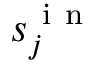
s _ { j } ^ { \mathrm { ~ i ~ n ~ } }